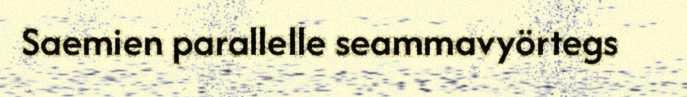
Saemien parallelle seammavyörtegs